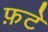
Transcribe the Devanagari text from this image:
फ़टे